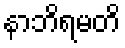
နာဘိရမတိ